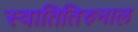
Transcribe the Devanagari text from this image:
स्वातितिरुनाल